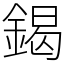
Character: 鍻